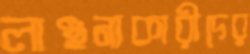
লাঞ্ছনাকারীদের